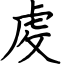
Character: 䖍